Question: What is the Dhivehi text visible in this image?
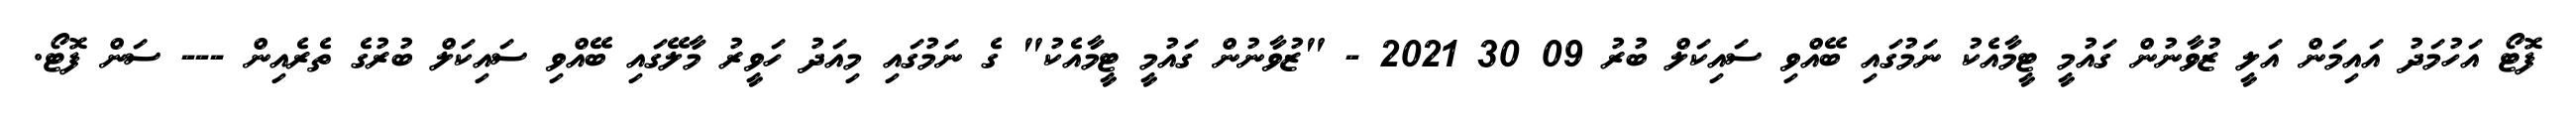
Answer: ފޮޓޯ އަހުމަދު އައިމަން އަލީ ޒުވާނުން ގައުމީ ޓީމާއެކު ނަމުގައި ބޭއްވި ސައިކަލް ބުރު 09 30 2021 - "ޒުވާނުން ގައުމީ ޓީމާއެކު" ގެ ނަމުގައި މިއަދު ހަވީރު މާލޭގައި ބޭއްވި ސައިކަލް ބުރުގެ ތެރެއިން --- ސަން ފޮޓޯ.